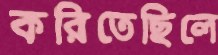
করিতেছিলে